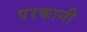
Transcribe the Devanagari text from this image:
परकानी